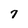
Character: 7